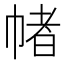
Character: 帾